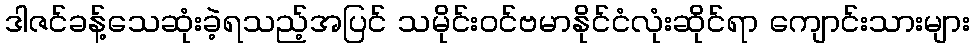
ဒါဇင်ခန့်သေဆုံးခဲ့ရသည့်အပြင် သမိုင်းဝင်ဗမာနိုင်ငံလုံးဆိုင်ရာ ကျောင်းသားများ